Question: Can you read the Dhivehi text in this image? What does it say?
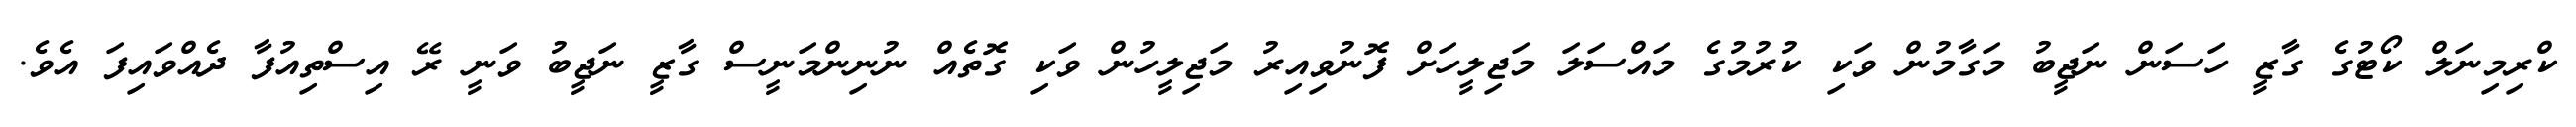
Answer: ކްރިމިނަލް ކޯޓުގެ ގާޒީ ހަސަން ނަޖީބު މަގާމުން ވަކި ކުރުމުގެ މައްސަލަ މަޖިލީހަށް ފޮނުވިއިރު މަޖިލީހުން ވަކި ގޮތެއް ނުނިންމަނީސް ގާޒީ ނަޖީބު ވަނީ ރޭ އިސްތިއުފާ ދެއްވައިފަ އެވެ.